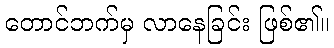
တောင်ဘက်မှ လာနေခြင်း ဖြစ်၏။